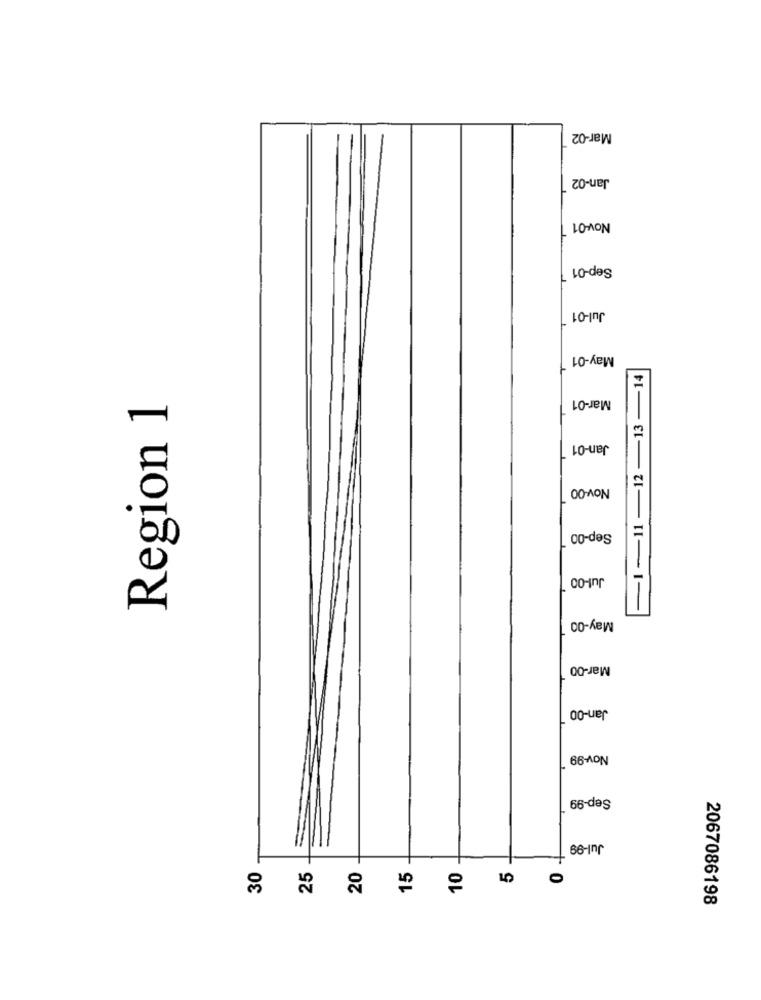
Mar-02
Jan-02
Nov-01
Sep-01 7
Jul-01
May-01
-1-11-12-13-14
Mar-01
Region 1
Jan-01
Nov-00
Sep-00
Jul-00
May-00
Mar-00
Jan-00
Nov-99
Sep-99
Jul-99
30
25
20
15
10
2067086198